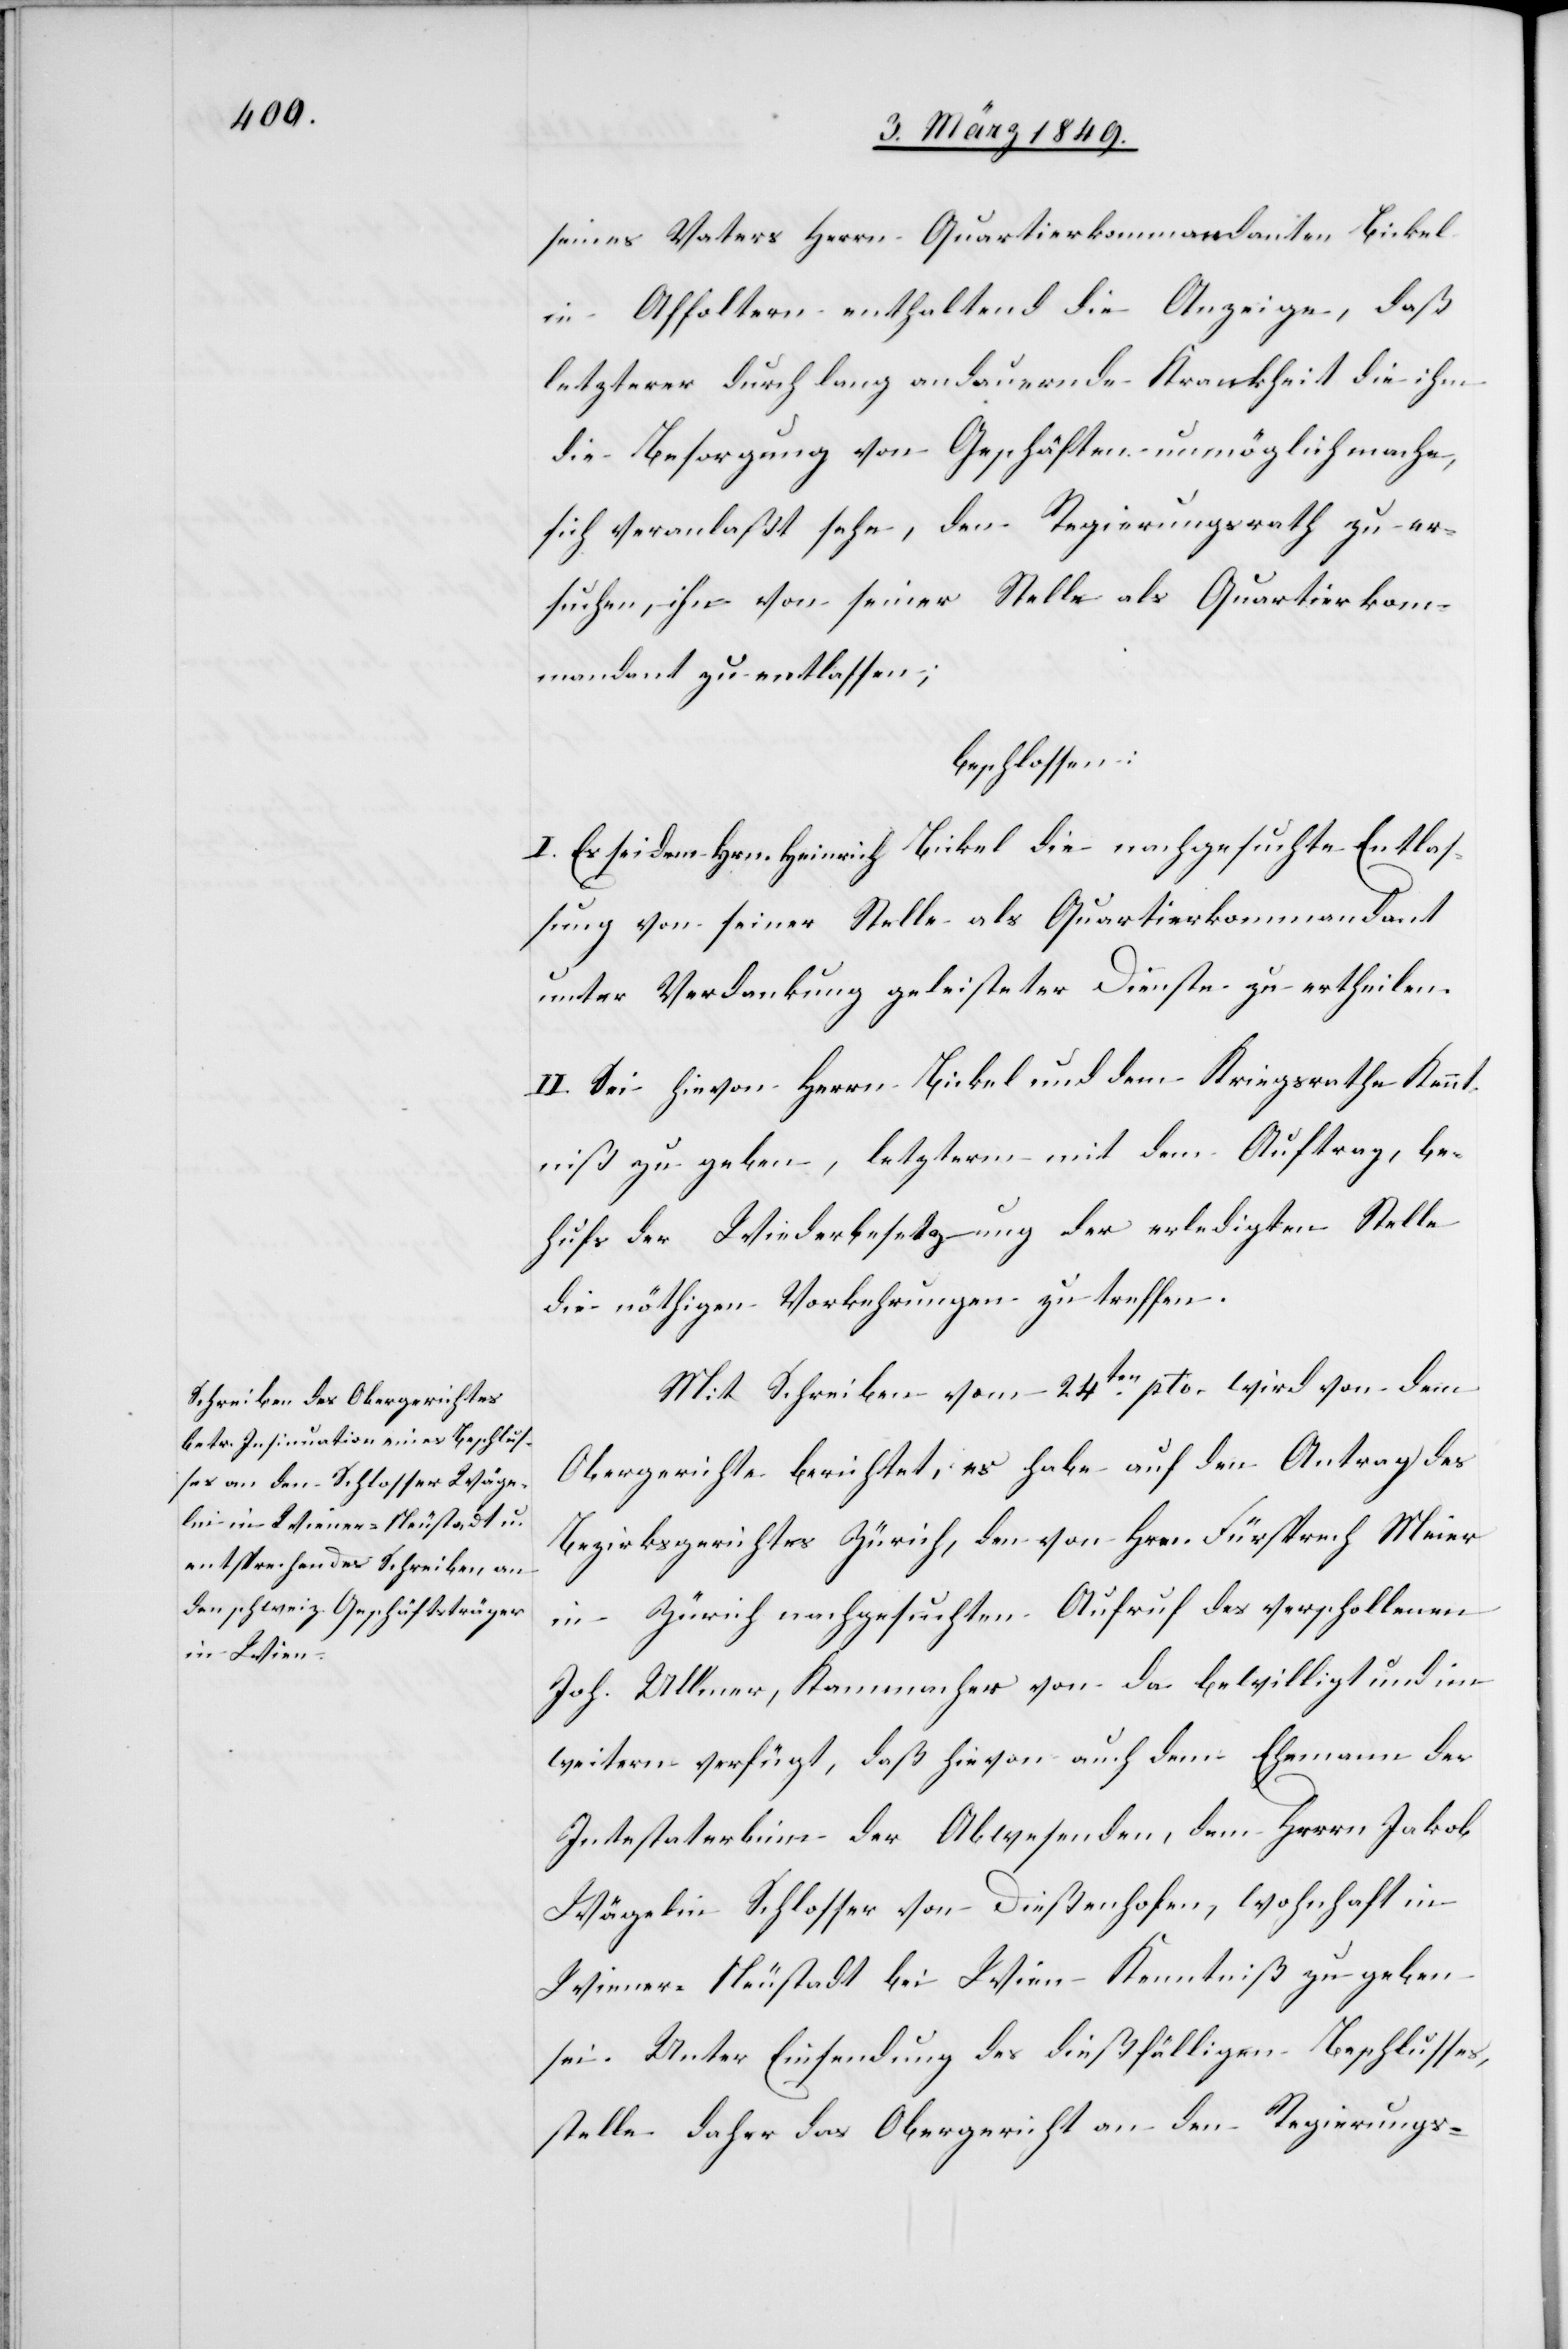
seines Vaters Herrn Quartierkommandanten Bickel
in Affoltern enthaltend die Anzeige, daß
letzterer durch lang andauernde Krankheit die ihm
die Besorgung von Geschäften unmöglich mache,
den Regierungsrath zu er¬
sich veranlaßt sehe,
suchen, ihn von seiner Stelle als Quartierkom¬
mandant zu entlassen;
beschlossen:
I. Es sei dem Hrn. Heinrich Bickel die nachgesuchte Entlas¬
sung von seiner Stelle als Quartierkommandant
unter Verdankung geleisteter Dienste zu ertheilen.
II. Sei hievon Herrn Bickel und dem Kriegsrathe Kennt¬
niß zu geben, letzterm mit dem Auftrag, be¬
hufs der Wiederbesetzung der erledigten Stelle
die nöthigen Vorkehrungen zu treffen.
Mit Schreiben vom 24ten. pto. wird von dem
Obergerichte berichtet, es habe auf den Antrag des
Bezirksgerichtes Zürich, den von Hrn. Fürsprech Meier
in Zürich nachgesuchten Aufruf des verschollenen
Joh. Ullmer, Kammacher von da bewilligt und im
weitern verfügt, daß hievon auch dem Ehemann der
Intestaterbinn der Abwesenden, dem Herrn Jakob
Wägelin Schlosser von Dießenhofen, wohnhaft in
Wiener-Neustadt bei Wien Kenntniß zu geben
sei. Unter Einsendung des dießfälligen Beschlusses,
stelle daher das Obergericht an den Regierungs-